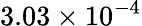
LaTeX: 3.03\times 10^{-4}